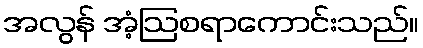
အလွန် အံ့ဩစရာကောင်းသည်။